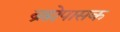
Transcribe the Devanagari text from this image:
ब्रह्मेपासक